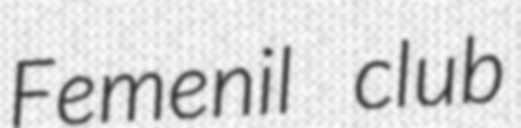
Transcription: Femenil club